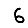
Digit: 6